Report on horse surra - Volume I
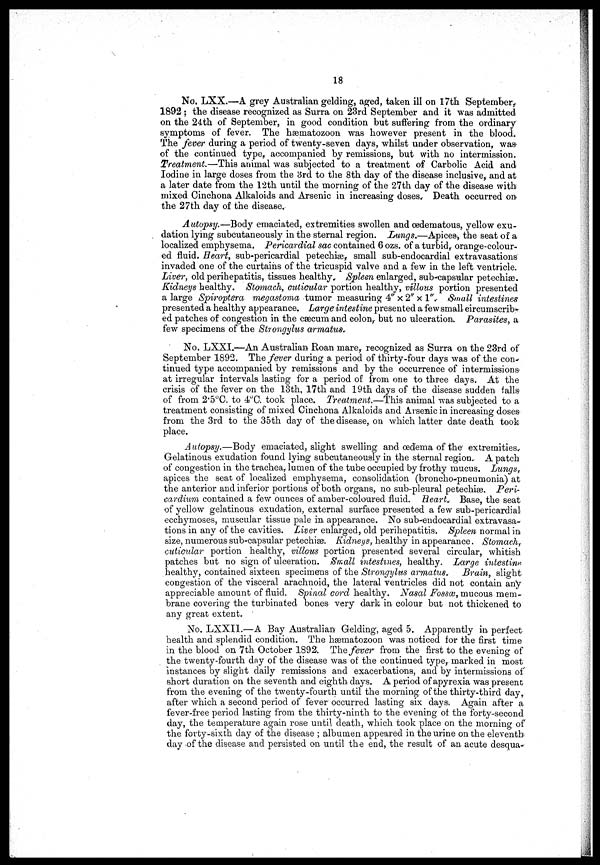
18
No. LXX.—A grey Australian gelding, aged, taken ill on 17th September,
1892 ; the disease recognized as Surra on 23rd September and it was admitted
on the 24th of September, in good condition but suffering from the ordinary
symptoms of fever. The hæmatozoon was however present in the blood.
The fever during a period of twenty-seven days, whilst under observation, was
of the continued type, accompanied by remissions, but with no intermission.
Treatment.—This animal was subjected to a treatment of Carbolic Acid and
Iodine in large doses from the 3rd to the 8th day of the disease inclusive, and at
a later date from the 12th until the morning of the 27th day of the disease with
mixed Cinchona Alkaloids and Arsenic in increasing doses. Death occurred on
the 27th day of the disease.
Autopsy.—Body emaciated, extremities swollen and oedeniatous, yellow exu-
dation lying subcutaneously in the sternal region. Lungs.—Apices , the seat of a
localized emphysema. Pericardial sac contained 6 ozs. of a turbid, orange-colour-
ed fluid. Heart, sub-pericardial petechias, small sub-endocardial extravasations
invaded one of the curtains of the tricuspid valve and a few in the left ventricle.
Liver, old perihepatitis, tissues healthy. Spleen enlarged, sub-capsular petechiæ.
Kidneys healthy. Stomach, cuticular portion healthy, villous portion presented
a large Spiroptera megastoma tumor measuring 4" x 2" x 1", Small intestines
presented a healthy appearance. Large intestine presented a few small circumscrib-
ed patches of congestion in the cæcum and colon,- but no ulceration. Parasites, a
few specimens of the Strongylus armatus.
No. LXXI.—An Australian Roan mare, recognized as Surra on the 23rd of
September 1892. The fever during a period of thirty-four days was of the con-
tinued type accompanied by remissions and by the occurrence of intermissions-
at irregular intervals lasting for a period of from one to three days. At the
crisis of the fever on the 13th, 17th and 19th days of the disease sudden falls
of from 2.5°C. to 4°C. took place. Treatment.—This animal was subjected to a
treatment consisting of mixed Cinchona Alkaloids and Arsenic in increasing doses
from the 3rd to the 35th day of the disease, on which latter date death took
place.
Autopsy.—Body emaciated, slight swelling and oedema of the extremities.
Gelatinous exudation found lying subcutaneously in the sternal region. A patch
of congestion in the trachea, lumen of the tube occupied by frothy mucus. Lungs,
apices the seat of localized emphysema, consolidation (broncho-pneumonia) at
the anterior and inferior portions of both organs, no sub-pleural petechiæ. Peri-
cardium contained a few ounces of amber-coloured fluid. Heart.. Base, the seat
of yellow gelatinous exudation, external surface presented a few sub-pericardial
ecchymoses, muscular tissue pale in appearance. No sub-endocardial extravasa-
tions in any of the cavities. Liver enlarged, old perihepatitis . Spleen normal in
size, numerous sub-capsular petechiæ. Kidneys, healthy in appearance. Stomach,
cuticular portion healthy, villous portion presented several circular, whitish
patches but no sign of ulceration. Small intestines, healthy. Large intestine
healthy, contained sixteen specimens of the Strongylus armatus. Brain, slight
congestion of the visceral arachnoid, the lateral ventricles did not contain any
appreciable amount of fluid. Spinal cord healthy. Nasal Fossæ, mucous mem-
brane covering the turbinated bones very dark in colour but not thickened to
any great extent.
No. LXXII.—A Bay Australian Gelding, aged; 5. Apparently in perfect
health and splendid condition. The hæmatozoon was noticed for the first time
in the blood on 7th October 1892. The fever from the first to the evening of
the twenty-fourth day of the disease was of the continued type, marked in most
instances by slight daily remissions and exacerbations, and by intermissions of
short duration on the seventh and eighth days. A period of apyrexia was present
from the evening of the twenty-fourth until the morning of the thirty-third day,
after which a second period of fever occurred lasting six days Again after a
fever-free period lasting from the thirty-ninth to the evening of the forty-second
day, the temperature again rose until death, which took place on the morning of
the forty-sixth clay of the disease ; albumen appeared in the urine on the eleventh
day of the disease and persisted on until the end, the result of an acute desqua